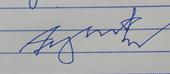
Signature authenticity: forged